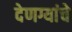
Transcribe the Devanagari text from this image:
देणग्यांचे